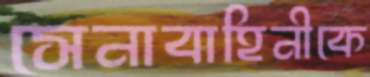
সেনাবাহিনীকে